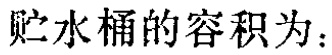
贮水桶的容积为：